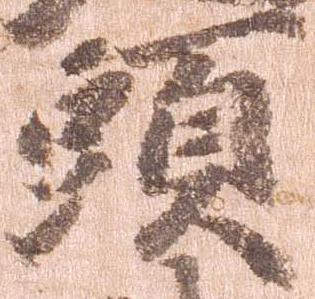
頭